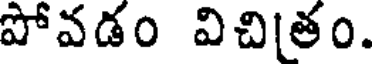
పోవడం విచి(తం.